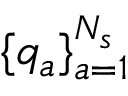
\{ q _ { a } \} _ { a = 1 } ^ { N _ { s } }